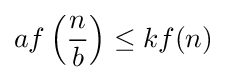
af\left({\frac {n}{b}}\right)\leq kf(n)